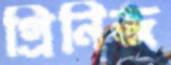
গ্রিনিজ